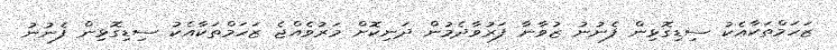
ޒަހަމްތަކާއެކު ސިޑިގޮޅިން ފެނުނު ޒުވާނާ ފަރުވާދެމުން ދަނިކޮށް މަރުވެއްޖެ ޒަހަމްތަކާއެކު ސިޑިގޮޅިން ފެނުނު